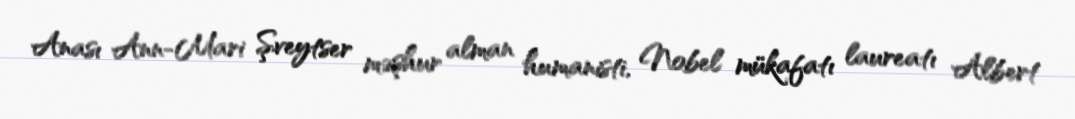
Anası Ann-Mari Şveytser məşhur alman humanisti, Nobel mükafatı laureatı Albert